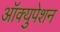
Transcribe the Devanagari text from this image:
आॅक्युपेशन